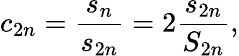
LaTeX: c_{2n}={\frac{s_{n}}{s_{2n}}}=2{\frac{s_{2n}}{S_{2n}}},